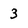
Character: 3